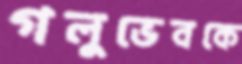
গলুভেবকে